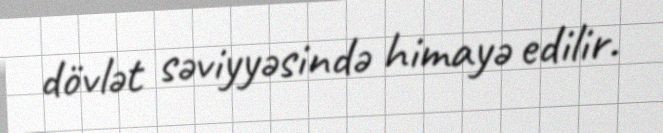
dövlət səviyyəsində himayə edilir.